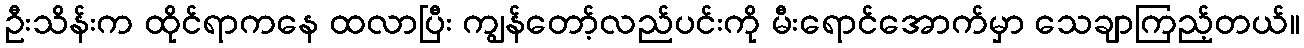
ဦးသိန်းက ထိုင်ရာကနေ ထလာပြီး ကျွန်တော့်လည်ပင်းကို မီးရောင်အောက်မှာ သေချာကြည့်တယ်။